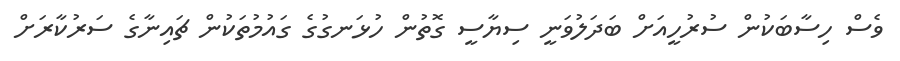
ވެސް ހިސާބަކުން ސުރުހީއަށް ބަދަލުވަނީ ސިޔާސީ ގޮތުން ހުޅަނގުގެ ގައުމުތަކުން ޗައިނާގެ ސަރުކާރަށް